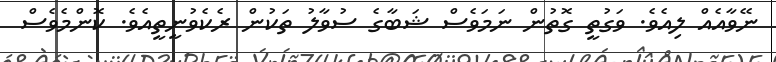
ނޭވާއެއް ލިއެވެ. ވަގުތީ ގޮތުން ނަމަވެސް ޝަބާގެ ސުވާލު ތަކުން ރެކެވުނީތީއެވެ. ކޮންމެވެސް